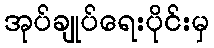
အုပ်ချုပ်ရေးပိုင်းမှ